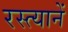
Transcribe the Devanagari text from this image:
रस्त्यानें